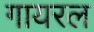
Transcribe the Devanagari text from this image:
गायरल